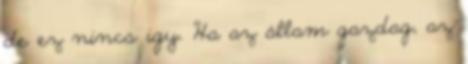
de ez nincs igy. Ha az állam gazdag, az